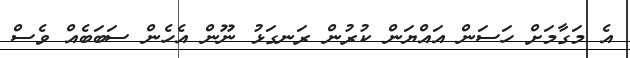
އެ މަގާމަށް ހަސަން އައްޔަން ކުރުން ރަނގަޅު ނޫން އެހެން ސަބަބެއް ވެސް